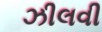
ઝીલવી